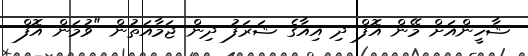
ޝާހީންއަށް މޭން އޮފް ދި އިއާގެ ޝަރަފު ދިން ޖަމާއަތުން "ވުމަން އޮފް